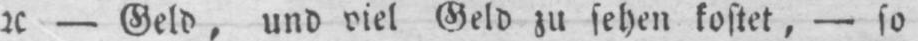
etc - Geld, und viel Geld zu sehen kostet, - so